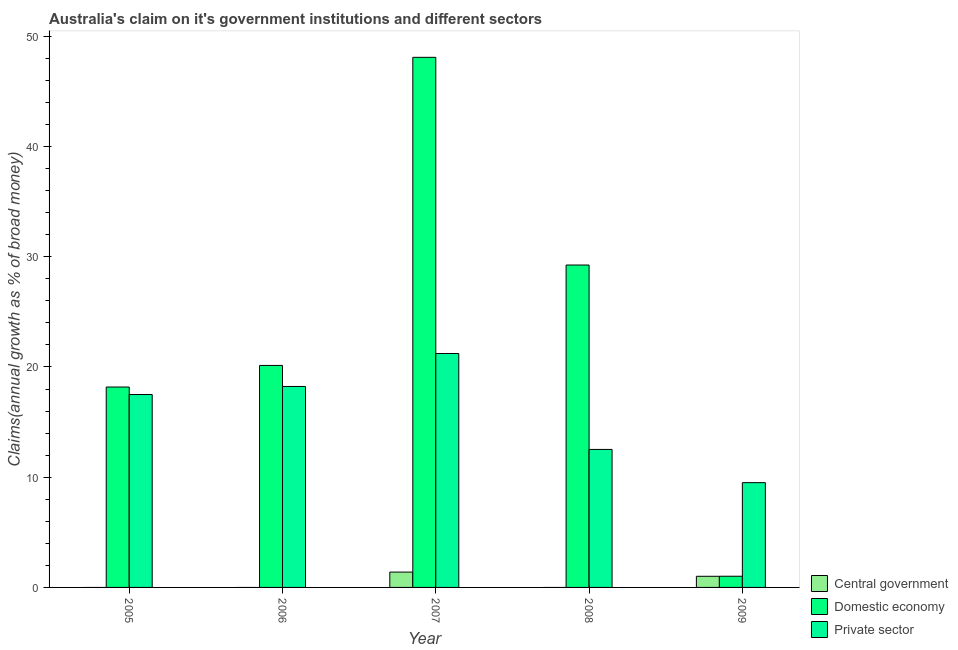
| Year | Central government | Domestic economy | Private sector |
 | --- | --- | --- | --- |
 | 2005 | -1.06 | 18.2 | 17.5 |
 | 2006 | -1.75 | 20.1 | 18.2 |
 | 2007 | 1.39 | 48.1 | 21.2 |
 | 2008 | -0.225 | 29.3 | 12.5 |
 | 2009 | 1.01 | 1.01 | 9.51 |